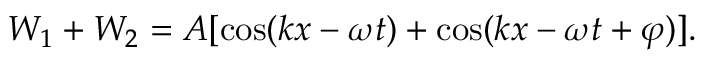
W _ { 1 } + W _ { 2 } = A [ \cos ( k x - \omega t ) + \cos ( k x - \omega t + \varphi ) ] .